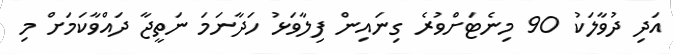
އަދި ދުވާލަކު 90 މިނެޓަށްވުރެ ގިނައިން ފިލާވަޅު ހަދާނަމަ ނަތީޖާ ދައްވާކަމަށް މި